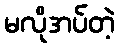
မလိုအပ်တဲ့